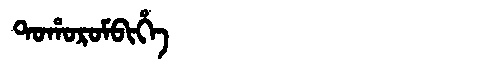
Manchu: ᡨᠣᡥᠣᡵᠣᠮᠪᡳᡥᡝ
Romanization: TOHOROMBIHE